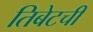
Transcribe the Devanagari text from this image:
तिबेटची